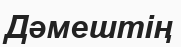
Дәмештің